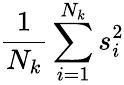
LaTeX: \frac{1}{N_{k}}\sum_{i=1}^{N_{k}}{s_{i}^{2}}